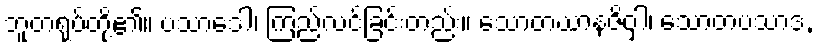
ဘူတရုပ်တို့၏။ ပသာဒေါ၊ ကြည်လင်ခြင်းတည်း။ သောတဃာနဇိဝှါ၊ သောတပသာဒ,